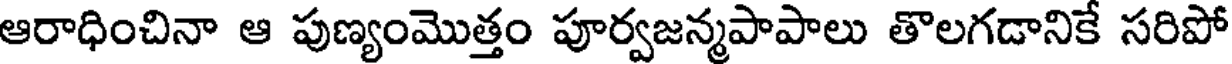
ఆరాధించినా ఆ పుణ్యంమొత్తం పూర్వజన్మపాపాలు తొలగడానికే సరిపో